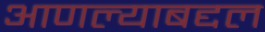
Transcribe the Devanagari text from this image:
आणल्याबद्दल